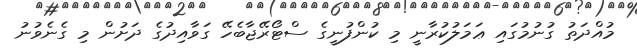
މުއްދަތު ގުނުމުގައި ޢަމަލުކުރާނީ މި ކުންފުނީގެ ސްޓޯރޭޖާބެހޭ ގަވާއިދުގެ ދަށުން މި ގެނެވުނު